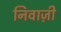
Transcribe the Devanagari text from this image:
निवाज़ी